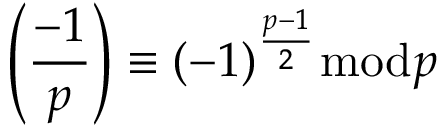
\left( { \frac { - 1 } { p } } \right) \equiv ( - 1 ) ^ { \frac { p - 1 } { 2 } } { \bmod { p } }